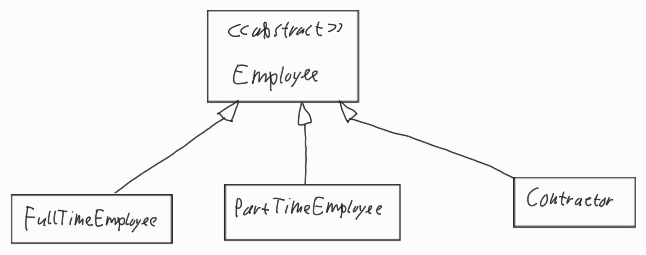
Diagram type: class_diagram
```plantuml
@startuml

abstract Employee

class FullTimeEmployee extends Employee

class PartTimeEmployee extends Employee

class Contractor extends Employee

@enduml
```